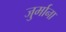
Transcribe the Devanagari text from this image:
जु्र्माना